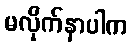
မလိုက်နာပါက